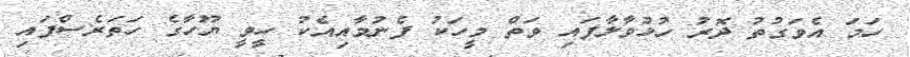
ހަމަ އެވަގުތު ދޮރު ހުޅުވާލާފައި ވަތް މީހަކު ފެނުމާއިއެކު ހީވީ ޔޫހާގެ ހަތަރެސްފައި